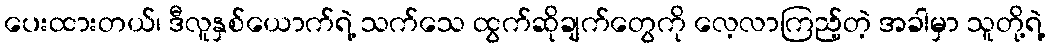
ပေးထားတယ်၊ ဒီလူနှစ်ယောက်ရဲ့ သက်သေ ထွက်ဆိုချက်တွေကို လေ့လာကြည့်တဲ့ အခါမှာ သူတို့ရဲ့